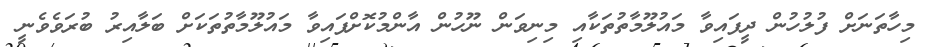
މިހާތަނަށް ފުލުހުން ދީފައިވާ މައުލޫމާތުތަކާއި މިނިވަން ނޫހުން އާންމުކޮށްފައިވާ މައުލޫމާތުތަކަށް ބަލާއިރު ބުރަވެވެނީ